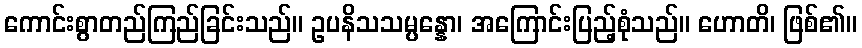
ကောင်းစွာတည်ကြည်ခြင်းသည်။ ဥပနိသသမ္ပန္နော၊ အကြောင်းပြည့်စုံသည်။ ဟောတိ၊ ဖြစ်၏။